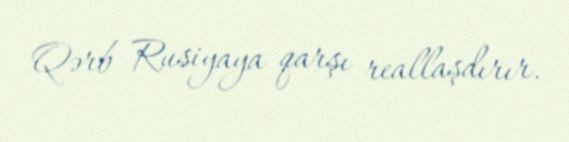
Qərb Rusiyaya qarşı reallaşdırır.